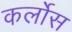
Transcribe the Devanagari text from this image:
कर्लोस